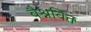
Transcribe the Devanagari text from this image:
वैश्नवित